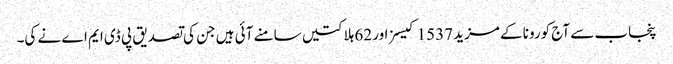
پنجاب سے آج کورونا کے مزید 1537 کیسز اور 62 ہلاکتیں سامنے آئی ہیں جن کی تصدیق پی ڈی ایم اے نے کی۔